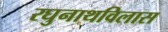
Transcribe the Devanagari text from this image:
रघुनाथविलास